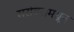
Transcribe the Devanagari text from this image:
सरोवरामधून